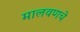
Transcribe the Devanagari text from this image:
मालवणचे